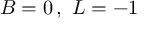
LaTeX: \, B = 0 \, , ~ L = - 1